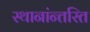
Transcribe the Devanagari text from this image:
स्थानांन्तरित